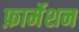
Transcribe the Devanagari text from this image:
फ़ार्मेशन